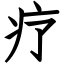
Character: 疗